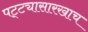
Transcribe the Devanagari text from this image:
पट्ट्यासारखाच